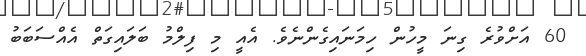
60 އަށްވުރެ ގިނަ މީހުން ހިމަނައިގެންނެވެ. އެއީ މި ފިލްމު ބަލައިގަތް އެއްސަބަބު